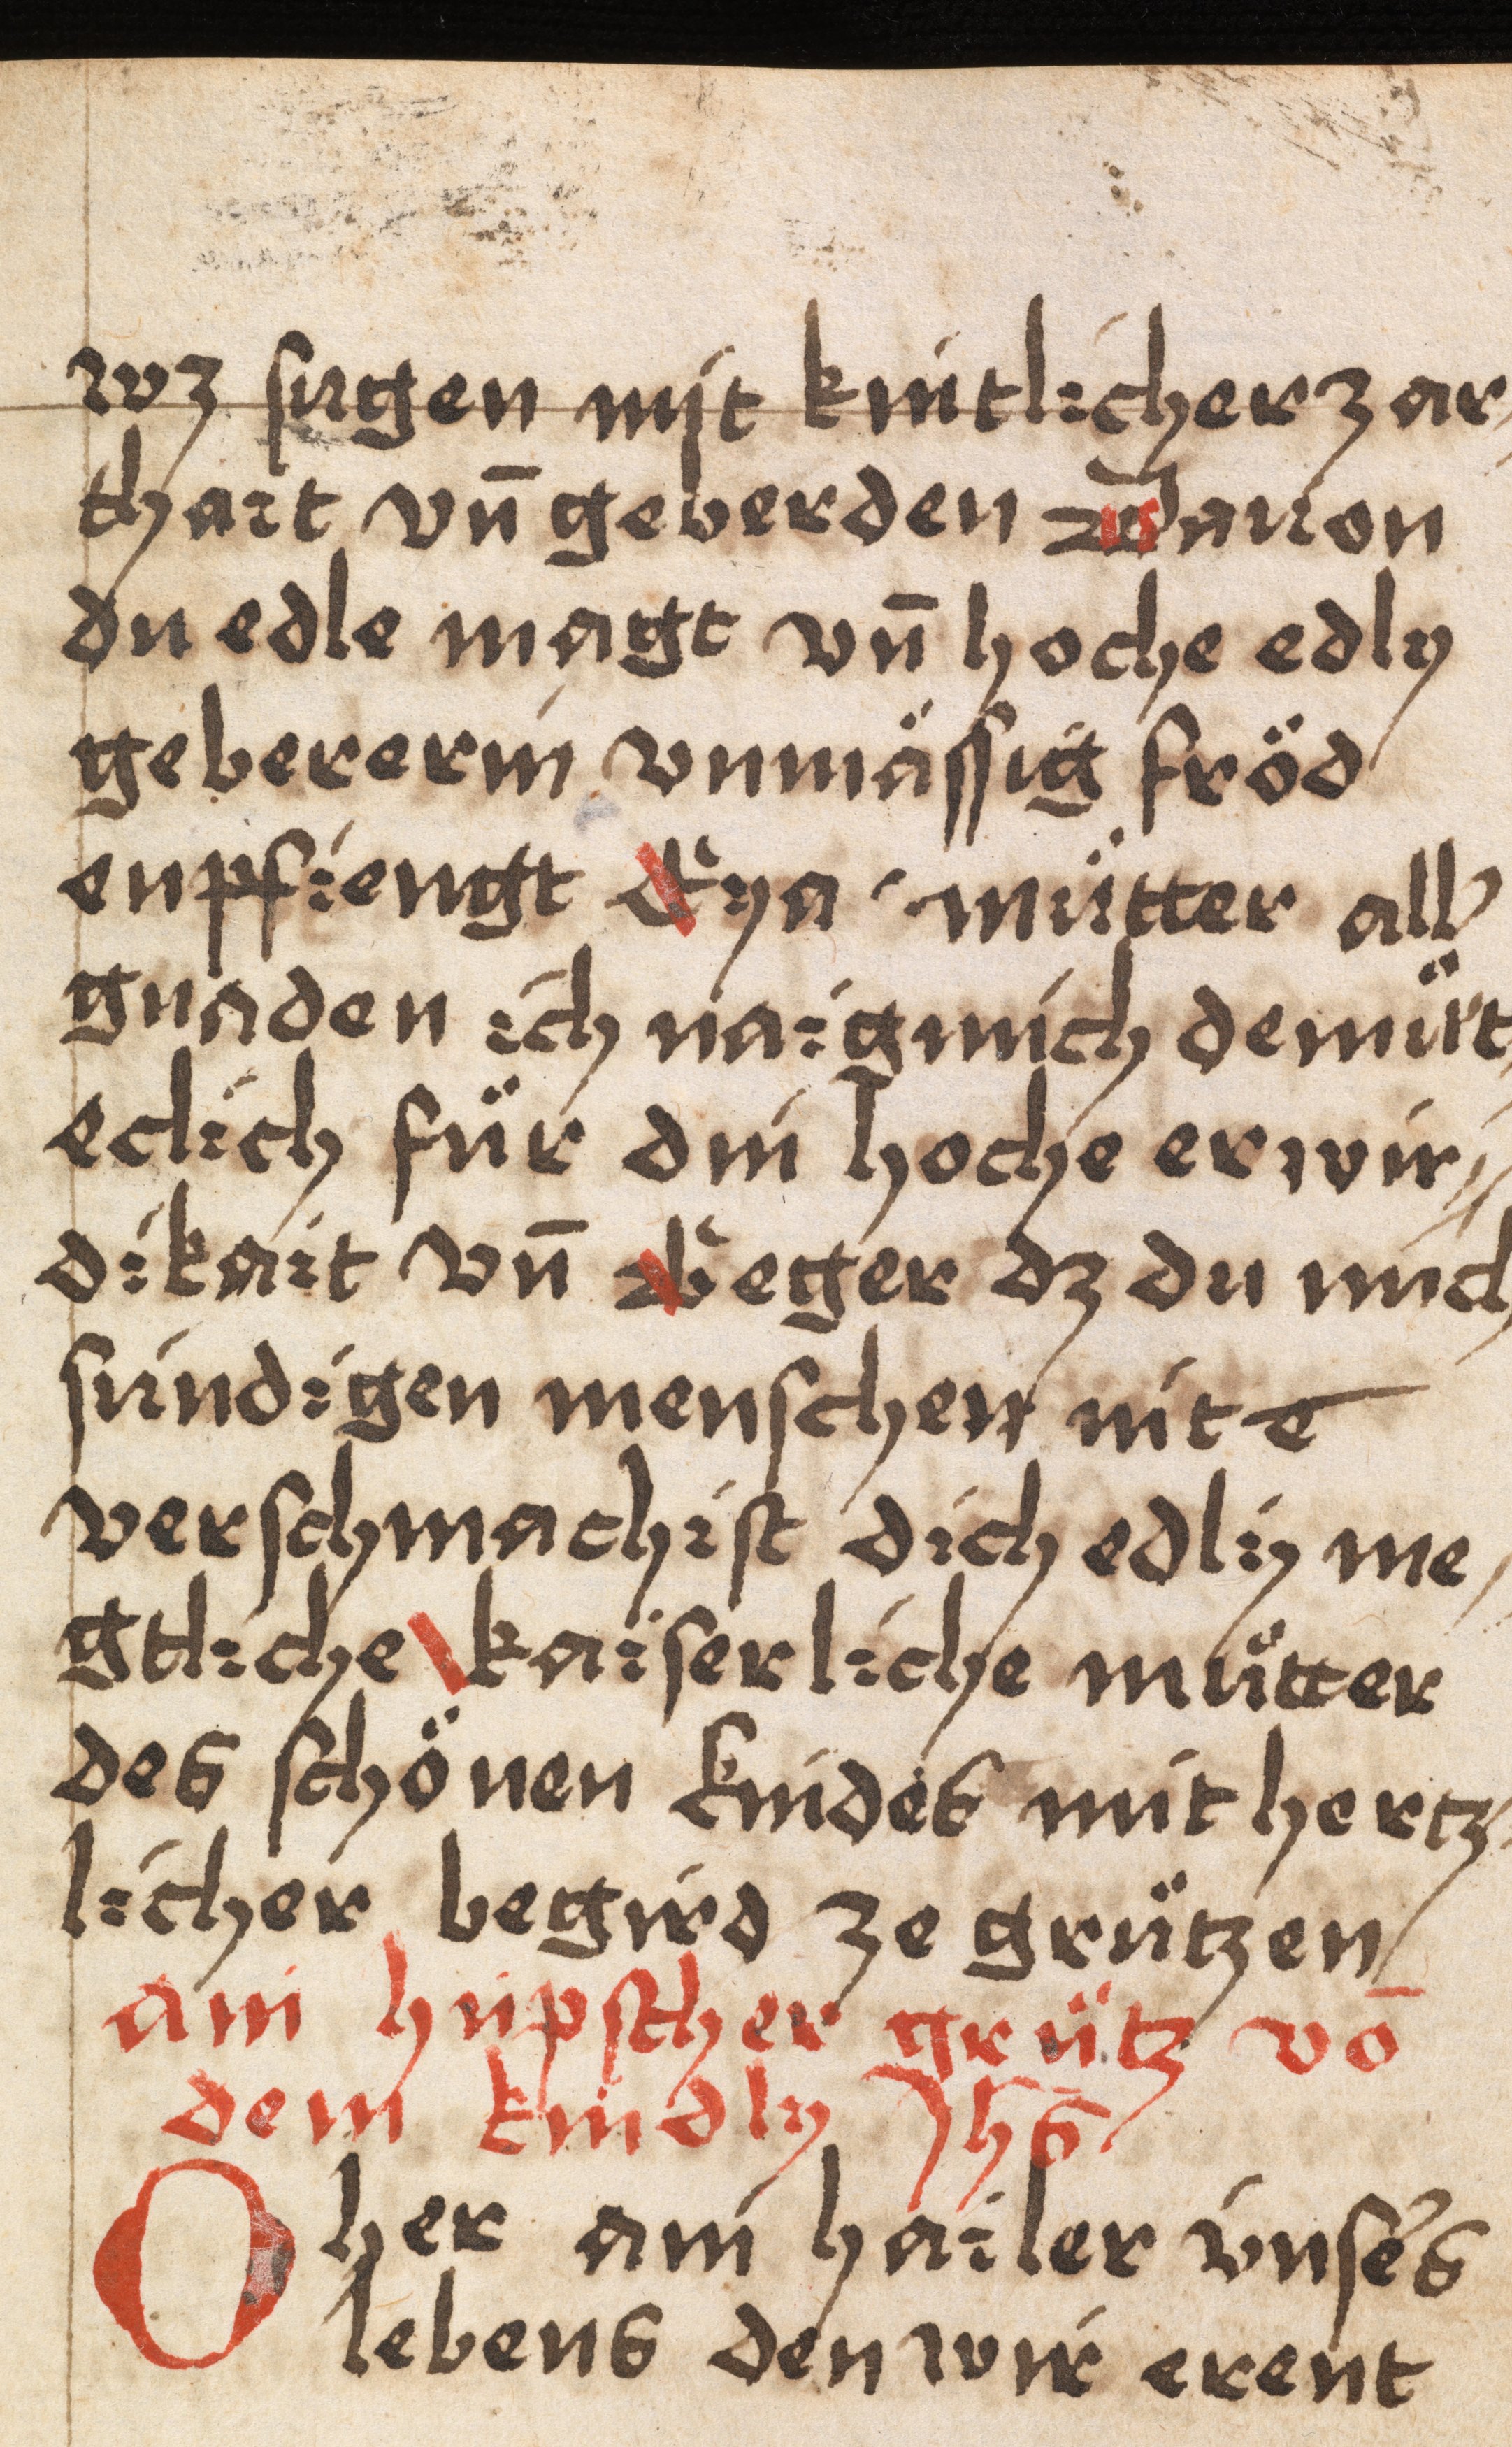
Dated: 1400–1499